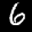
Label: 6